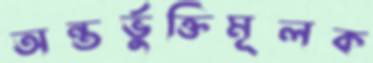
অন্তর্ভুক্তিমূলক